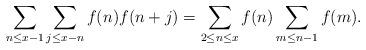
LaTeX: \begin{align*}\sum \limits_{n\leq x-1} \sum \limits_{j\leq x-n} f(n)f(n+j)&=\sum \limits_{2\leq n\leq x}f(n)\sum \limits_{m\leq n-1}f(m).\end{align*}